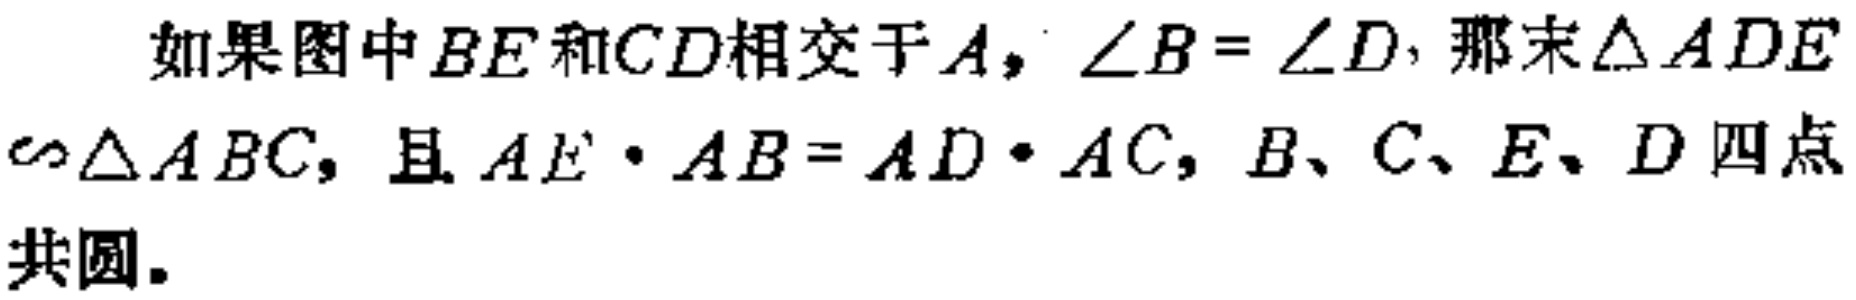
如果图中\(BE\)和\(CD\)相交于\(A\)，\(\angle B = \angle D\)，那末\(\triangle ADE\sim\triangle ABC\)，且\(AE\cdot AB = AD\cdot AC\)，\(B、C、E、D\)四点共圆.